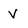
Character: V